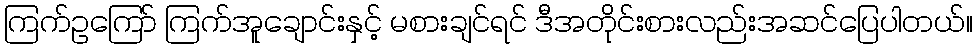
ကြက်ဥကြော် ကြက်အူချောင်းနှင့် မစားချင်ရင် ဒီအတိုင်းစားလည်းအဆင်ပြေပါတယ်။